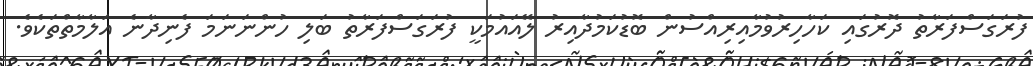
ފުރަގަސްފަރާތު ދޮރުގައި ކަހާހިރުވުމާއިރިއްސުން ބޮޑުކަމުދާއިރު ލޭއައުމަކީ ފުރަގަސްފަރާތު ބަލި ހުންނަނަމަ ފެނިދާނެ އަލާމާތްތަކެވެ.